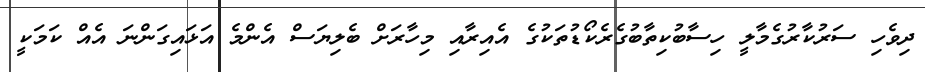
ދިވެހި ސަރުކާރުގެމާލީ ހިސާބުކިތާބުގެރެކޯޑުތަކުގެ އެއިރާއި މިހާރަށް ބެލިޔަސް އެންމެ އަޅައިގަންނަ އެއް ކަމަކީ